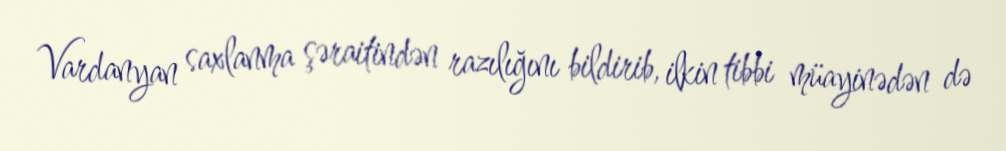
Vardanyan saxlanma şəraitindən razılığını bildirib, ilkin tibbi müayinədən də